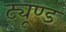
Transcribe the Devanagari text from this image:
ट्यूण्ड